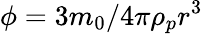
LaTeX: \phi=3m_{0}/4\pi\rho_{p}r^{3}